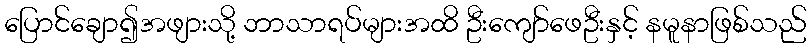
ပြောင်ချော၍အဖျားသို့ ဘာသာရပ်များအထိ ဦးကျော်ဖေဦးနှင့် နမူနာဖြစ်သည်